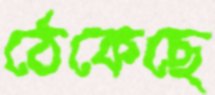
ঠেকেছে